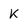
Character: k